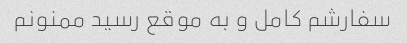
سفارشم کامل و به موقع رسید ممنونم